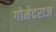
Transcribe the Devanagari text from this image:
गोमेदराज